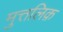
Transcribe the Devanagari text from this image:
मुत्तलिक़